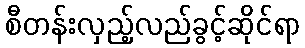
စီတန်းလှည့်လည်ခွင့်ဆိုင်ရာ